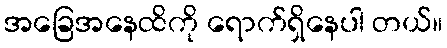
အခြေအနေထိကို ရောက်ရှိနေပါ တယ်။